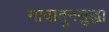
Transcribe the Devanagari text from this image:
गावातूनसुद्धा